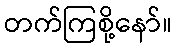
တက်ကြစို့နော်။